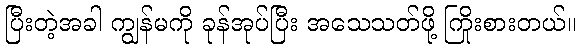
ပြီးတဲ့အခါ ကျွန်မကို ခုန်အုပ်ပြီး အသေသတ်ဖို့ ကြိုးစားတယ်။